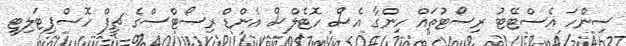
ސިންހަ އެސްޓޭޓު ރިސޯޓުތައް ހިންގާ އެސް ހޮޓެލްސް އެންޑް ރިސޯޓްސްގެ ޗީފް ހޮސްޕިޓަލިޓީ